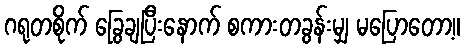
ဂရုတစိုက် ခြွေချပြီးနောက် စကားတခွန်းမျှ မပြောတော့။